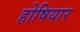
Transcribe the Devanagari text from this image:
होषियार